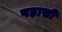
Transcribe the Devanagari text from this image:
पड़ासी